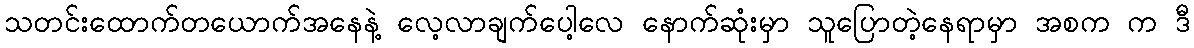
သတင်းထောက်တယောက်အနေနဲ့ လေ့လာချက်ပေါ့လေ နောက်ဆုံးမှာ သူပြောတဲ့နေရာမှာ အစက က ဒီ